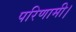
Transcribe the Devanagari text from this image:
परिणामी।